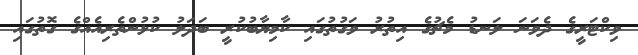
ވިކްޓަރީގެ ދެވަނަ ލަނޑު މެޗުގެ އިތުރު ވަގުތުގައި ކާމިޔާބުކުރީ ބަދަލު ކުޅުންތެރިއެއްގެ ގޮތުގައި